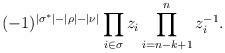
LaTeX: \begin{align*}(-1)^{|\sigma^\ast|-|\rho|-|\nu|}\prod_{i\in\sigma} z_i \prod_{i=n-k+1}^n z_i^{-1}.\end{align*}